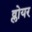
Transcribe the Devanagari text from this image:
व्लोयर